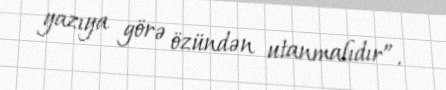
yazıya görə özündən utanmalıdır”.